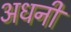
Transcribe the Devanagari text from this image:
अधनी